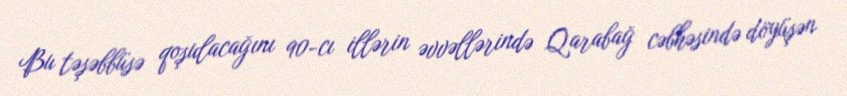
Bu təşəbbüsə qoşulacağını 90-cı illərin əvvəllərində Qarabağ cəbhəsində döyüşən